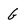
Character: G